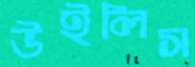
উইলিস